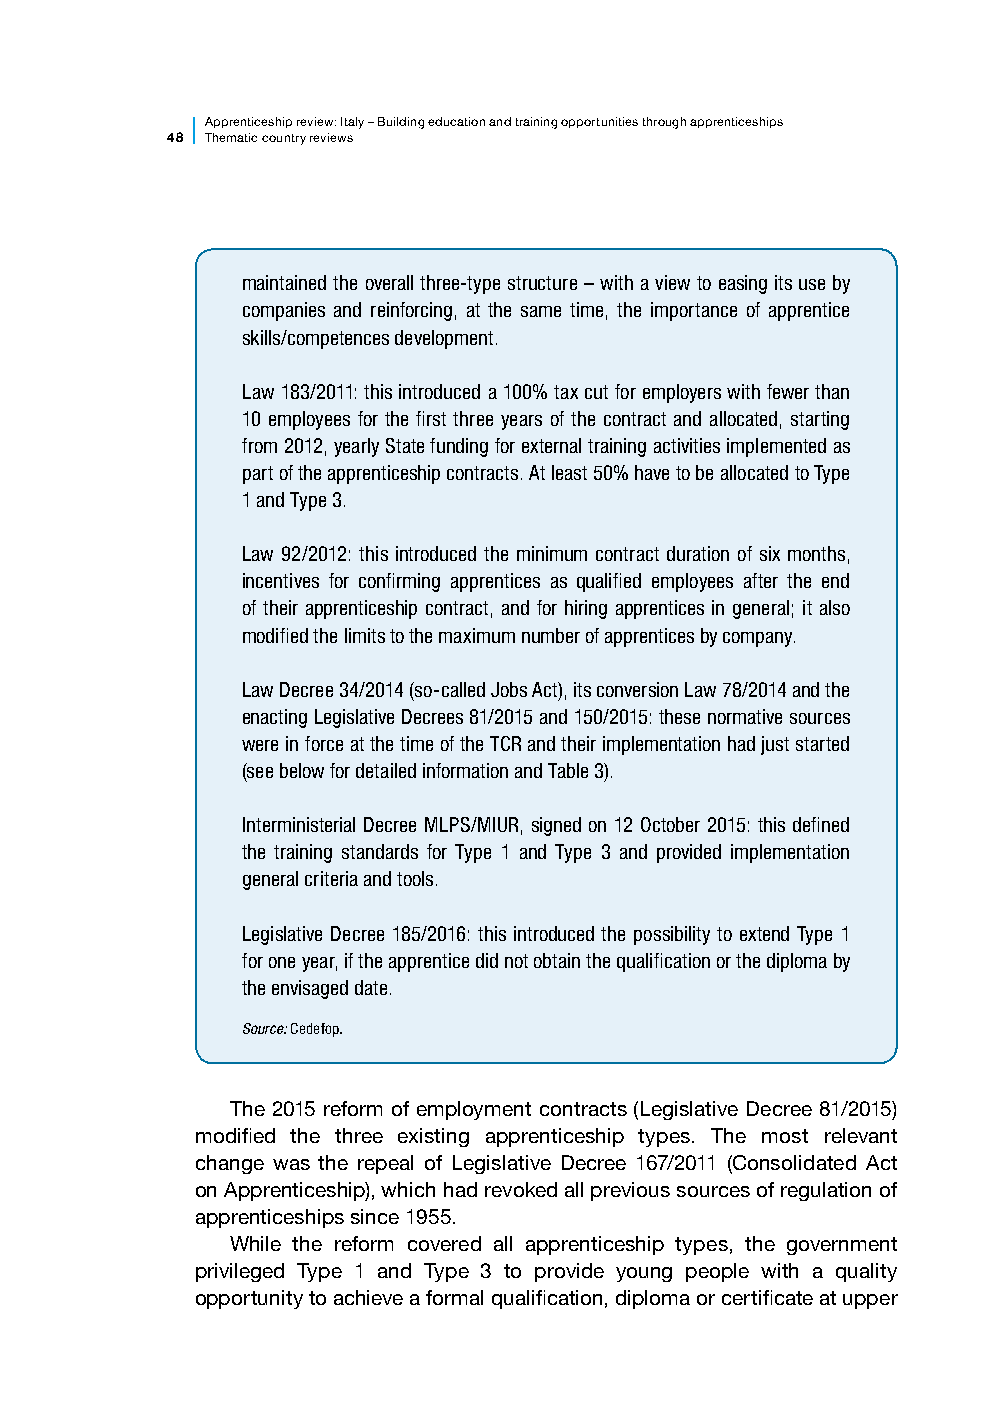
Apprenticesh ip review: Italy – Building education and training opportunities through apprenticeships
 48 Thematic country reviews
 maintained the overall three-type structure – with a view to easing its use by
 companies and reinforcing, at the same time, the importance of apprentice
 skills/competences development.
 Law 183/2011: this introduced a 100% tax cut for employers with fewer than
 10 employees for the first three years of the contract and allocated, starting
 from 2012, yearly State funding for external training activities implemented as
 part of the apprenticeship contracts. At least 50% have to be allocated to Type
 1 and Type 3.
 Law 92/2012: this introduced the minimum contract duration of six months,
 incentives for confirming apprentices as qualified employees after the end
 of their apprenticeship contract, and for hiring apprentices in general; it also
 modified the limits to the maximum number of apprentices by company.
 Law Decree 34/2014 (so-called Jobs Act), its conversion Law 78/2014 and the
 enacting Legislative Decrees 81/2015 and 150/2015: these normative sources
 were in force at the time of the TCR and their implementation had just started
 (see below for detailed information and Table 3).
 Interministerial Decree MLPS/MIUR, signed on 12 October 2015: this defined
 the training standards for Type 1 and Type 3 and provided implementation
 general criteria and tools.
 Legislative Decree 185/2016: this introduced the possibility to extend Type 1
 for one year, if the apprentice did not obtain the qualification or the diploma by
 the envisaged date.
 Source: Cedefop.
 The 2015 reform of employment contracts (Legislative Decree 81/2015)
 modified the three existing apprenticeship types. The most relevant
 change was the repeal of Legislative Decree 167/2011 (Consolidated Act
 on Apprenticeship), which had revoked all previous sources of regulation of
 apprenticeships since 1955.
 While the reform covered all apprenticeship types, the government
 privileged Type 1 and Type 3 to provide young people with a quality
 opportunity to achieve a formal qualification, diploma or certificate at upper